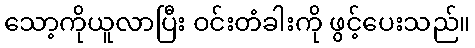
သော့ကိုယူလာပြီး ဝင်းတံခါးကို ဖွင့်ပေးသည်။